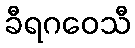
ခီရဂဝေသီ